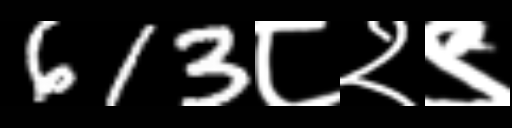
Text: 613८२९